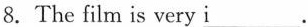
8.The film is very \underline{i}